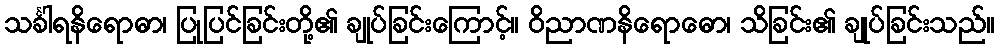
သင်္ခါရနိရောဓာ၊ ပြုပြင်ခြင်းတို့၏ ချုပ်ခြင်းကြောင့်။ ဝိညာဏနိရောဓော၊ သိခြင်း၏ ချုပ်ခြင်းသည်။